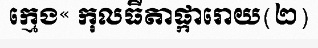
ក្មេង« កុលធីតាផ្ការោយ(២)